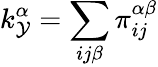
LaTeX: k_{\mathcal{Y}}^{\alpha}=\sum_{ij\beta}\pi_{ij}^{\alpha\beta}